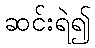
ဆင်းရဲ၍